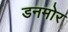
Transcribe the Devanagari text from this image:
डनमोर